Lunatic asylums Punjab 1868-1880 - 1868-1880
Year: 1868
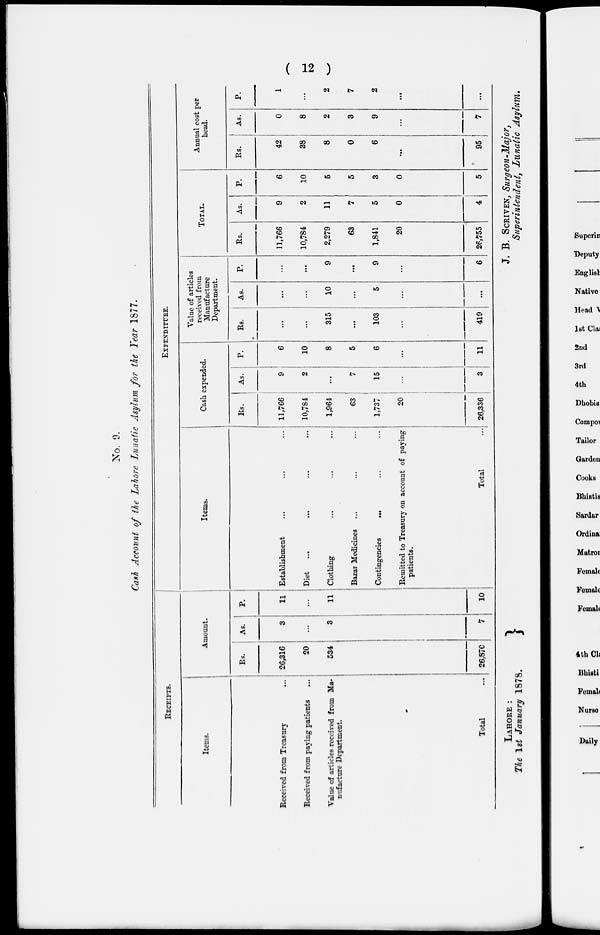
12
No. 9.
Cash Account of the Lahore Lunatic Asylum for the Year 1877.
RECEIPTS.
Items.
Received from Treasury ...
Received from paying patients ...
Value of articles received from Ma-
nufacture Department.
Total
...
Amount.
Rs.
26,316
20
534
26,870
As.
3
...
3
7
P.
11
...
11
10
Items.
Establishment ... ... ...
Diet
...
...
...
...
Clothing ... ... ...
Bazar Medicines ... ... ...
Contingencies
...
...
...
Remitted to Treasury on account of paying
patients.
Total ...
EXPENDITURE.
Cash expended.
Rs.
11,766
10,784
1,964
63
1,737
20
26,336
As.
9
2
...
7
15
...
3
P.
6
10
8
5
6
...
11
Value of articles
received from
Manufacture
Department.
Rs.
...
...
315
...
103
...
419
As.
...
...
10
...
5
...
...
P.
...
...
9
...
9
...
6
TOTAL.
Rs.
11,766
10,784
2,279
63
1,841
20
26,755
As.
9
2
11
7
5
0
4
P.
6
10
5
5
3
0
5
Annual cost per
head.
Rs.
42
38
8
0
6
...
95
As.
0
8
2
3
9
...
7
P.
1
...
2
7
2
...
...
LAHORE :
The 1st January 1878.
J. B. SCRIVEN, Surgeon-Major,
Superintendent, Lunatic Asylum.